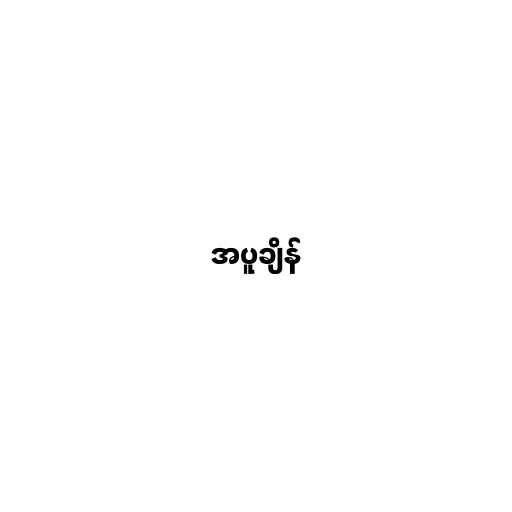
အပူချိန်